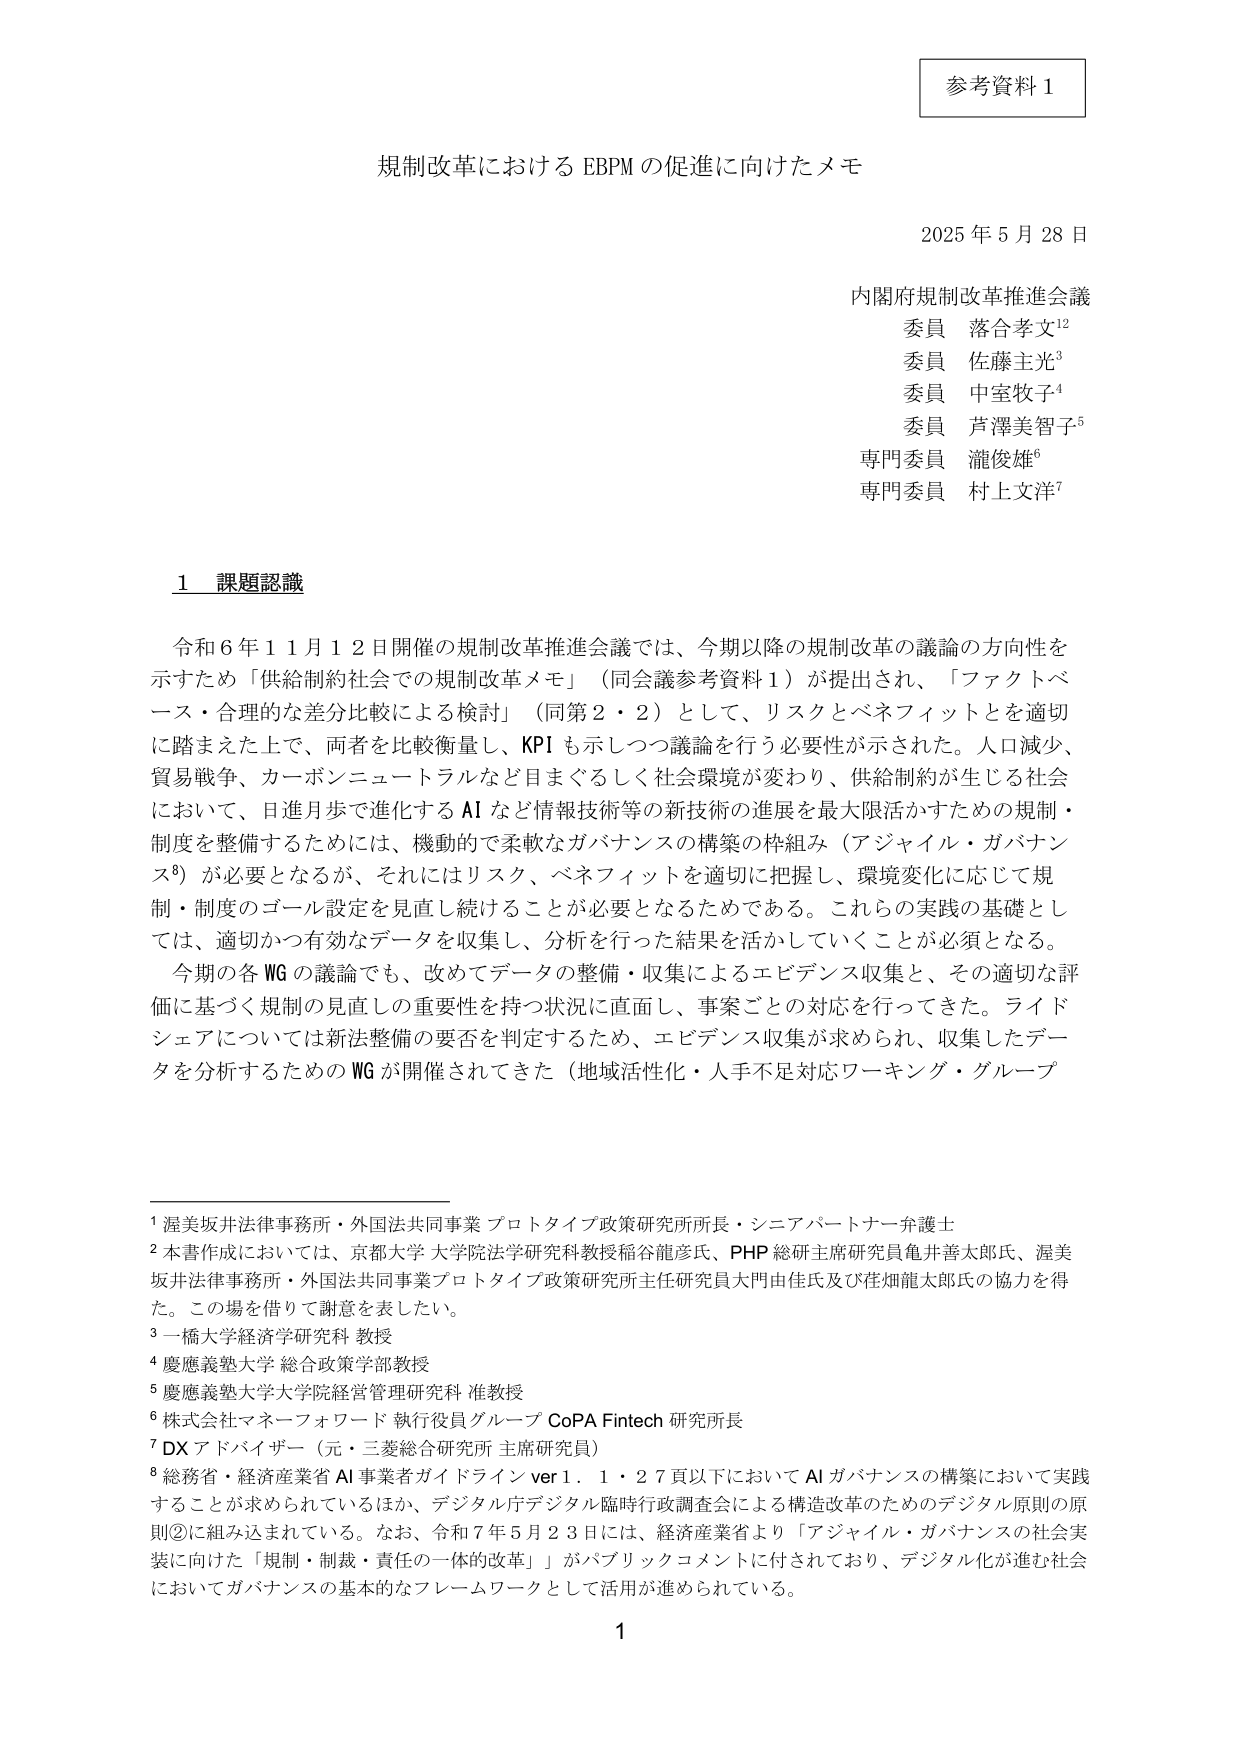
参考資料１

規制改革における EBPM の促進に向けたメモ

2025 年 5 月 28 日

内閣府規制改革推進会議
委員 落合孝文¹²
委員 佐藤主光³
委員 中室牧子⁴
委員 芦澤美智子⁵
専門委員 瀧俊雄⁶
専門委員 村上文洋⁷

1 課題認識

令和６年１１月１２日開催の規制改革推進会議では、今期以降の規制改革の議論の方向性を示すため「供給制約社会での規制改革メモ」（同会議参考資料１）が提出され、「ファクトベース・合理的な差分比較による検討」（同第２・２）として、リスクとベネフィットを適切に踏まえた上で、両者を比較衡量し、KPI も示しつつ議論を行う必要性が示された。人口減少、貿易戦争、カーボンニュートラルなど目まぐるしく社会環境が変わり、供給制約が生じる社会において、日進月歩で進化する AI など情報技術等の新技術の進展を最大限活かすための規制・制度を整備するためには、機動的で柔軟なガバナンスの構築の枠組み（アジャイル・ガバナンス⁸）が必要となるが、それにはリスク、ベネフィットを適切に把握し、環境変化に応じて規制・制度のゴール設定を見直し続けることが必要となるためである。これらの実践の基礎としては、適切かつ有効なデータを収集し、分析を行った結果を活かしていくことが必須となる。

今期の各 WG の議論でも、改めてデータの整備・収集によるエビデンス収集と、その適切な評価に基づく規制の見直しの重要性を持つ状況に直面し、事案ごとの対応を行ってきた。ライドシェアについては新法整備の要否を判定するため、エビデンス収集が求められ、収集したデータを分析するための WG が開催されてきた（地域活性化・人手不足対応ワーキング・グループ

¹ 混美坂井法律事務所・外国法共同事業 プロトタイプ政策研究所所長・シニアパートナー弁護士
² 本書作成においては、京都大学 大学院法学研究科教授稲谷龍彦氏、PHP 総研主席研究員亀井善太郎氏、混美坂井法律事務所・外国法共同事業プロトタイプ政策研究所主任研究員大門由佳氏及び住畑龍太郎氏の協力を得た。この場を借りて謝意を表したい。
³ 一橋大学経済学研究科 教授
⁴ 慶應義塾大学 総合政策学部教授
⁵ 慶應義塾大学大学院経営管理研究科 准教授
⁶ 株式会社マネーフォワード 執行役員グループ CoPA Fintech 研究所長
⁷ DX アドバイザー（元・三菱総合研究所 主席研究員）
⁸ 総務省・経済産業省 AI 事業者ガイドライン ver1.1・27頁以下において AI ガバナンスの構築において実践することが求められているほか、デジタル庁デジタル臨時行政調査会による構造改革のためのデジタル原則の原則②に組み込まれている。なお、令和７年５月２３日には、経済産業省より「アジャイル・ガバナンスの社会実装に向けた「規制・制裁・責任の一体的改革」」がパブリックコメントに付されており、デジタル化が進む社会においてガバナンスの基本的なフレームワークとして活用が進められている。

1